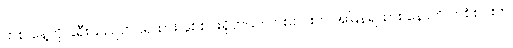
တစ် နေ့ကို ခရီးသည်တင်ရထား နှစ်စင်းရှိတယ်။ တစ်စင်းက အမြန်ရထား နောက် တစ်စင်းက